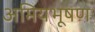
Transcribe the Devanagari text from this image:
अमियभूषण